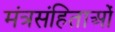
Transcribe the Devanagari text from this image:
मंत्रसंहिताओं